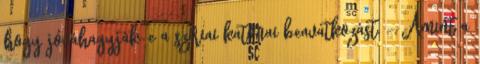
hogy jóváhagyják-e a szíriai katonai beavatkozást. - Amint a